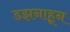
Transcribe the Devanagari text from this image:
डझनाहून